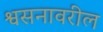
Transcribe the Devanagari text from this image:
श्वसनावरील